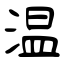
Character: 温